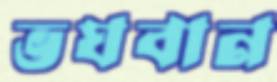
ভঘবান